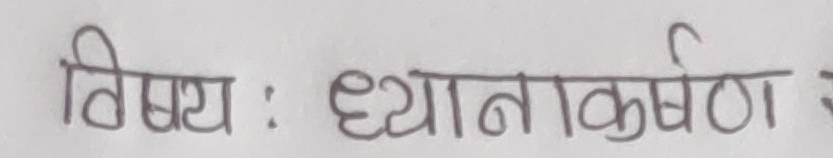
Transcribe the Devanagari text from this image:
विषय : ध्यानाकर्षण